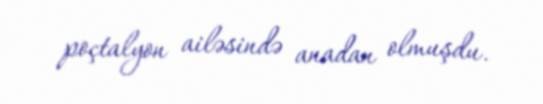
poçtalyon ailəsində anadan olmuşdu.